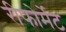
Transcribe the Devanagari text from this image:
रीफोर्मेट